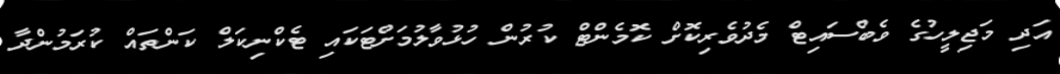
އަދި މަޖިލީހުގެ ވެބްސައިޓް މެދުވެރިކޮށް ކޮމެންޓް ކުރުން ހުޅުވާލުމަށްޓަކައި ޓެކްނިކަލް ކަންތައް ކުރަމުންދާ